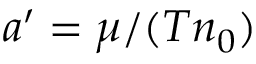
a ^ { \prime } = \mu / ( T n _ { 0 } )